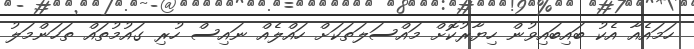
ހަމައެއާ އެކު ބައިބައިވުން ހިޔާރުކޮށް މައްސަލަތަކަށް ހައްލެއް ނައިސް ހުރި ގައުމުތައް ތަހަންމަލު